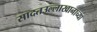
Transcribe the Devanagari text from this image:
सादतउल्लाखानाच्या